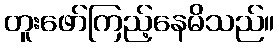
တူးဖော်ကြည့်နေမိသည်။